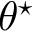
\theta ^ { \star }